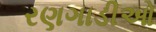
રણગાડીઓ